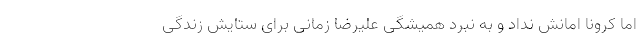
اما کرونا امانش نداد و به نبرد همیشگی علیرضا زمانی برای ستایش زندگی